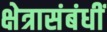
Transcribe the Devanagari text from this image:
क्षेत्रासंबंधीं